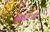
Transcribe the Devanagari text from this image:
कुंवरीजी